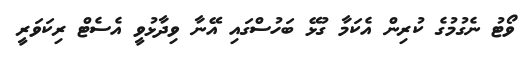
ވޯޓު ނެގުމުގެ ކުރިން އެކަމާ ގުޅޭ ބަހުސްގައި އޭނާ ވިދާޅުވީ އެސެޓް ރިކަވަރީ